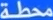
محطة